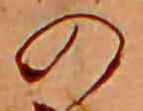
の